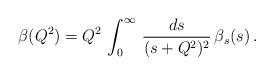
LaTeX: \begin{align*}\beta(Q^2)=Q^2\,\int_0^{\infty}\, \frac{d s}{(s+Q^2)^2}\,\beta_s(s)\, .\end{align*}